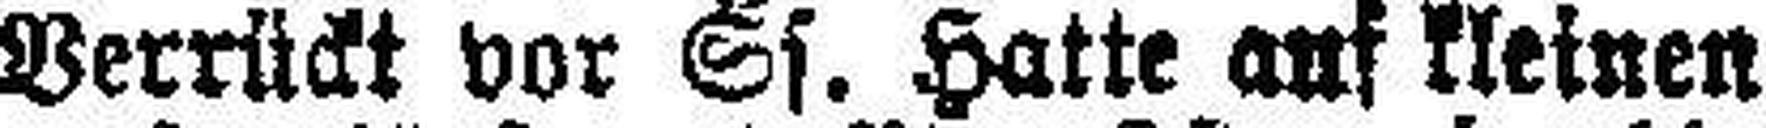
Verrückt vor Ss. Hatte auf kleinen